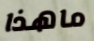
ماهذا